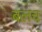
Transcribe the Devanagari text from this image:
बलच